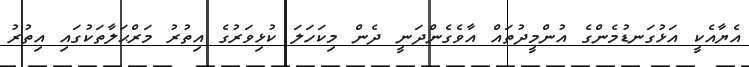
އެޔާއެކީ އަޅުގަނޑުމެންގެ އުންމީދުތައް އާވެގެންދަނީ ދެން މިކަހަލަ ކުޅިވަރުގެ އިތުރު މަރްޙަލާތަކުގައި އިތުރު